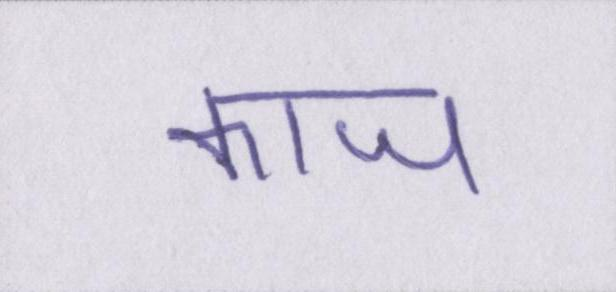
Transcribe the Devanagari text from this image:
काज